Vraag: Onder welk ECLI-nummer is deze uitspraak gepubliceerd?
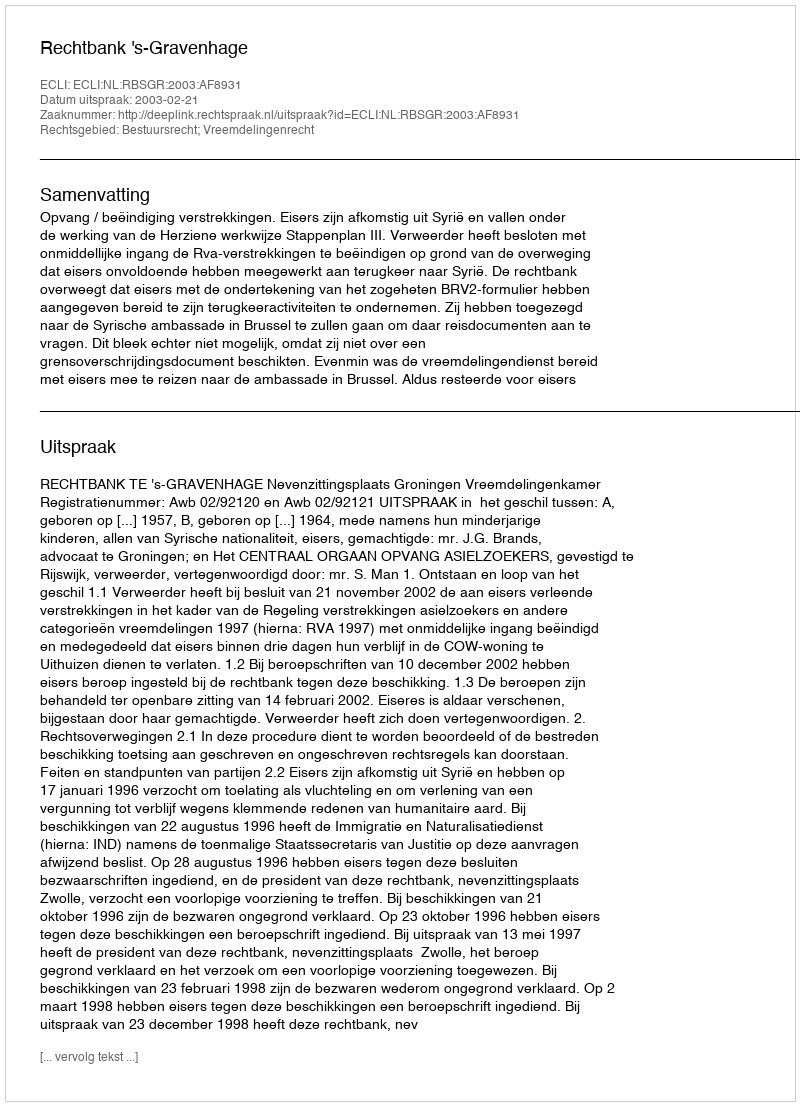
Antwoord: ECLI:NL:RBSGR:2003:AF8931